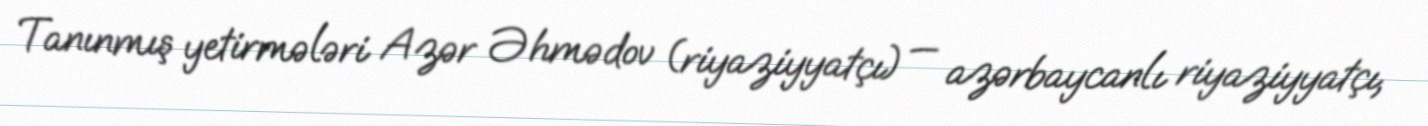
Tanınmış yetirmələri Azər Əhmədov (riyaziyyatçı) — azərbaycanlı riyaziyyatçı,